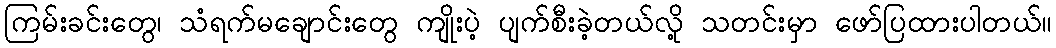
ကြမ်းခင်းတွေ၊ သံရက်မချောင်းတွေ ကျိုးပဲ့ ပျက်စီးခဲ့တယ်လို့ သတင်းမှာ ဖော်ပြထားပါတယ်။